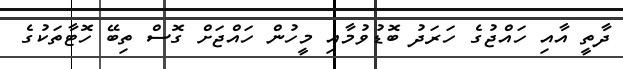
ދާތީ އާއި ހައްޖުގެ ހަރަދު ބޮޑުވުމާއި މީހުން ހައްޖަށް ގޮސް ތިބޭ ހޮޓާތަކުގެ